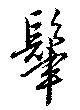
肆